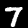
Digit: 7